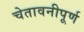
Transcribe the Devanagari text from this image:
चेतावनीपूर्ण